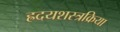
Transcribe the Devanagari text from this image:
ह्रदयशस्त्रक्रिया